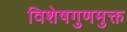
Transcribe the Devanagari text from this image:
विशेषगुणमुक्त